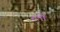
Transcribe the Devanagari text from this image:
रलों